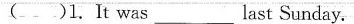
( )1.It was___ last Sunday.